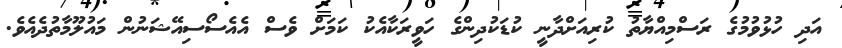
އަދި ހުޅުވުމުގެ ރަސްމިއްޔާތު ކުރިއަށްދާނީ ކުޑަކުދިންގެ ހަވީރަކާއެކު ކަމަށް ވެސް އެއެސޯސިއޭޝަނުން މައުލޫމާތުދެއެވެ.